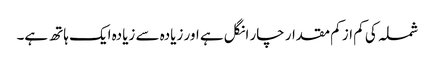
شملہ کی کم از کم مقدار چار انگل ہے اور زیادہ سے زیادہ ایک ہاتھ ہے۔